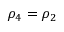
\rho _ { 4 } = \rho _ { 2 }